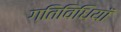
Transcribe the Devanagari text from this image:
गतिविधियॉं